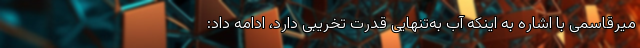
میرقاسمی با اشاره به اینکه آب به‌تنهایی قدرت تخریبی دارد، ادامه داد:‌